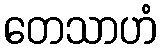
တေသာဟံ